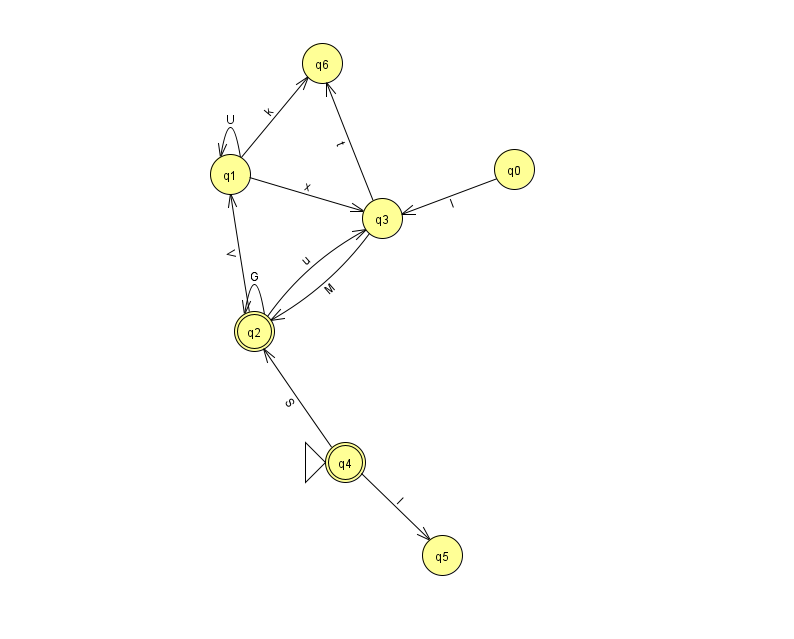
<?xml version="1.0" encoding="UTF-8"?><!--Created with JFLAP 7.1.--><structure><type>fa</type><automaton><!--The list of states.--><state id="0" name="q0"><x>514.0</x><y>156.0</y></state><state id="1" name="q1"><x>230.0</x><y>161.0</y></state><state id="2" name="q2"><x>254.0</x><y>318.0</y><final/></state><state id="3" name="q3"><x>382.0</x><y>205.0</y></state><state id="4" name="q4"><x>345.0</x><y>449.0</y><initial/><final/></state><state id="5" name="q5"><x>442.0</x><y>542.0</y></state><state id="6" name="q6"><x>322.0</x><y>50.0</y></state><!--The list of transitions.--><transition><from>3</from><to>2</to><read>M</read></transition><transition><from>4</from><to>2</to><read>S</read></transition><transition><from>1</from><to>3</to><read>x</read></transition><transition><from>3</from><to>6</to><read>t</read></transition><transition><from>2</from><to>1</to><read>V</read></transition><transition><from>4</from><to>5</to><read>I</read></transition><transition><from>1</from><to>1</to><read>U</read></transition><transition><from>1</from><to>6</to><read>k</read></transition><transition><from>2</from><to>2</to><read>G</read></transition><transition><from>2</from><to>3</to><read>u</read></transition><transition><from>0</from><to>3</to><read>l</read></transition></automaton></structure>